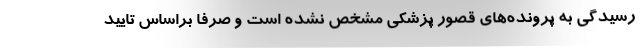
رسیدگی به پرونده‌های قصور پزشکی مشخص نشده است و صرفا براساس تایید